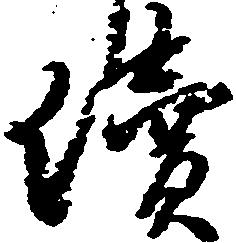
続